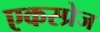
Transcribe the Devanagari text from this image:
एकस्प्रेज